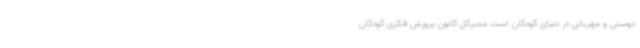
دوستی و مهربانی در دنیای کودکان است مدیرکل کانون پرورش فکری کودکان